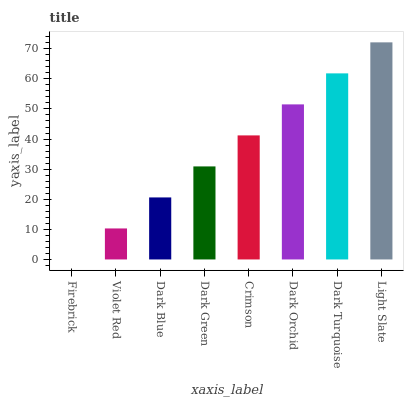
| xaxis_label | bars |
 | --- | --- |
 | Firebrick | 0 |
 | Violet Red | 10.3 |
 | Dark Blue | 20.6 |
 | Dark Green | 30.9 |
 | Crimson | 41.2 |
 | Dark Orchid | 51.5 |
 | Dark Turquoise | 61.8 |
 | Light Slate | 72.1 |